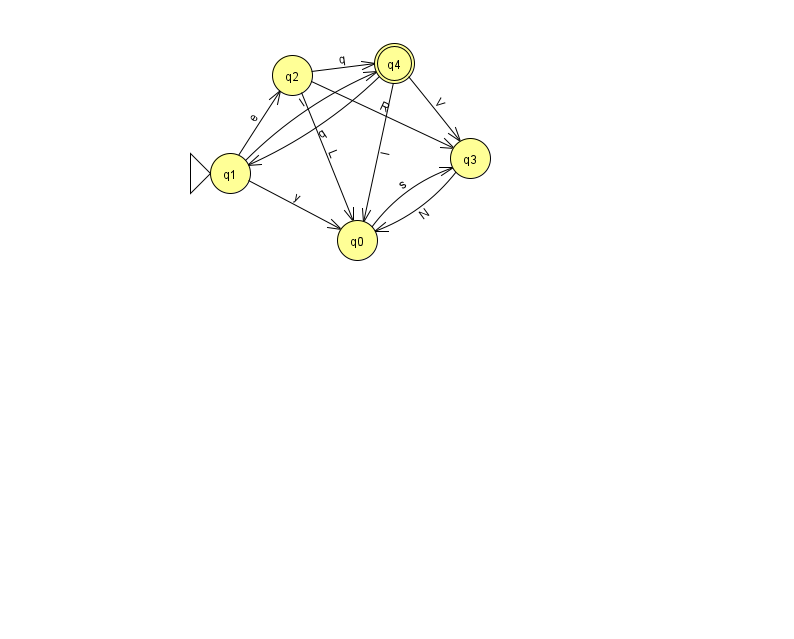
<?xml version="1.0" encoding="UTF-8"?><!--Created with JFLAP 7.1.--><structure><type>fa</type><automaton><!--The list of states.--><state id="0" name="q0"><x>357.0</x><y>227.0</y></state><state id="1" name="q1"><x>230.0</x><y>160.0</y><initial/></state><state id="2" name="q2"><x>292.0</x><y>62.0</y></state><state id="3" name="q3"><x>470.0</x><y>145.0</y></state><state id="4" name="q4"><x>394.0</x><y>50.0</y><final/></state><!--The list of transitions.--><transition><from>2</from><to>3</to><read>R</read></transition><transition><from>1</from><to>0</to><read>y</read></transition><transition><from>1</from><to>4</to><read>I</read></transition><transition><from>2</from><to>0</to><read>L</read></transition><transition><from>3</from><to>0</to><read>N</read></transition><transition><from>1</from><to>2</to><read>e</read></transition><transition><from>0</from><to>3</to><read>s</read></transition><transition><from>2</from><to>4</to><read>q</read></transition><transition><from>4</from><to>0</to><read>I</read></transition><transition><from>4</from><to>1</to><read>q</read></transition><transition><from>4</from><to>3</to><read>V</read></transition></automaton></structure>